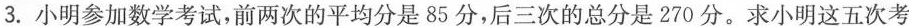
3.小明参加数学考试，前两次的平均分是85分，后三次的总分是270分。求小明这五次考